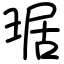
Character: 琚